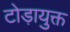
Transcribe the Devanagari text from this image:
टोड़ायुक्त